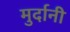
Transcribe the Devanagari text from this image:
मुर्दानी